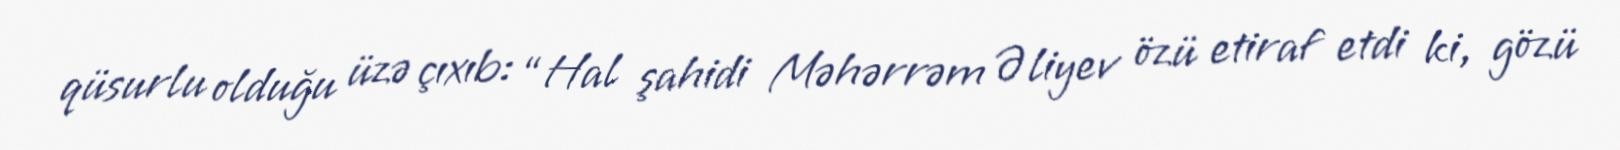
qüsurlu olduğu üzə çıxıb: “Hal şahidi Məhərrəm Əliyev özü etiraf etdi ki, gözü